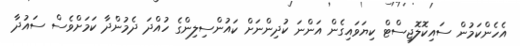
އެހެންކަމުން ސައިކޮލޮޖިސްޓް ކިޔަވައިގެން އަންނަ ކުދިންނަށް ކައުންސިލިންގެ ހުއްދަ ދެމުންދާ ކަމަށްވެސް ސައުދާ